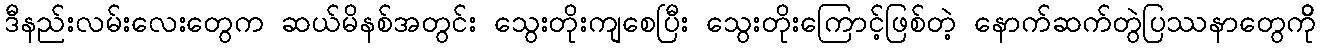
ဒီနည်းလမ်းလေးတွေက ဆယ်မိနစ်အတွင်း သွေးတိုးကျစေပြီး သွေးတိုးကြောင့်ဖြစ်တဲ့ နောက်ဆက်တွဲပြဿနာတွေကိို